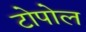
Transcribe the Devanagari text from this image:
टोपोल